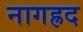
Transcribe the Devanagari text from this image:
नागह्रद